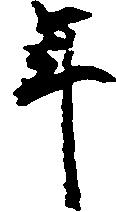
年